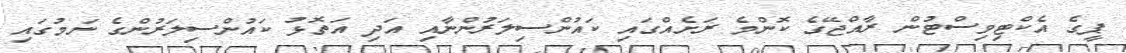
ޕީގެ އެކްޓިވިސްޓުން ރާއްޖޭގެ ކޮންމެ ރަށެއްގައި ކައުންސިލަރުންނާއި އަދި އަތޮޅު ކައުންސިލަރުންގެ ނަމުގައި